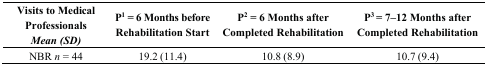
<table><thead><tr><td><b>Visits to Medical Professionals<i>Mean (SD)</i></b></td><td><b>P<sup>1</sup> = 6 Months before Rehabilitation Start</b></td><td><b>P<sup>2</sup> = 6 Months after Completed Rehabilitation</b></td><td><b>P<sup>3</sup> = 7–12 Months after Completed Rehabilitation</b></td></tr></thead><tbody><tr><td>NBR <i>n</i> = 44</td><td>19.2 (11.4)</td><td>10.8 (8.9)</td><td>10.7 (9.4)</td></tr></tbody></table>